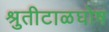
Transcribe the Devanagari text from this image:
श्रुतीटाळघोष